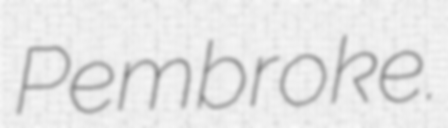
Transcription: Pembroke.